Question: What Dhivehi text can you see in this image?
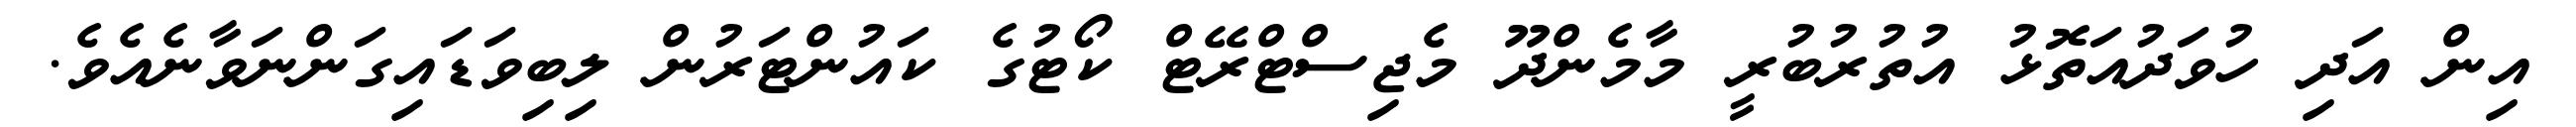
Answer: އިން އަދި ހުވަދުއަތޮޅު އުތުރުބުރީ މާމެންދޫ މެޖިސްޓްރޭޓް ކޯޓުގެ ކައުންޓަރުން ލިބިވަޑައިގަންނަވާނެއެވެ.